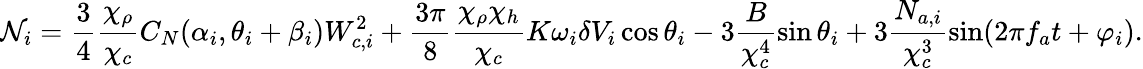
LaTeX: \mathcal{N}_{i}=\frac{3}{4}\frac{\chi_{\rho}}{\chi_{c}}C_{N}(\alpha_{i},\theta_{i}+\beta_{i})W_{c,i}^{2}+\frac{3\pi}{8}\frac{\chi_{\rho}\chi_{h}}{\chi_{c}}K\omega_{i}\delta V_{i}\cos\theta_{i}-3\frac{B}{\chi_{c}^{4}}\sin\theta_{i}+3\frac{N_{a,i}}{\chi_{c}^{3}}\sin(2\pi f_{a}t+\varphi_{i}).